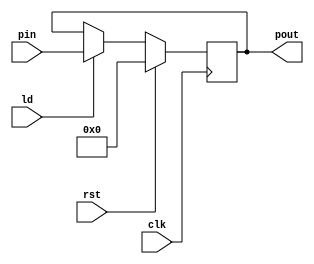
module register (clk,pin,ld,rst,pout);
    
    parameter N = 8;
    input clk;
    input ld;
    input rst;
    input [N-1:0]pin;
    output reg [N-1:0]pout;

    always @(posedge clk) begin
        if(rst) pout <= 0;
        else begin
            if (ld) pout <= pin;
            else pout <= pout;
        end
    end

endmodule

module memory (clk,address,write_data,read_data,memwrite,memread);

    input clk , memwrite , memread;
    input [4:0]address;
    input [7:0]write_data;
    output reg [7:0]read_data;

    reg [7:0]data[31:0];

    always @(posedge clk) begin
        if (memwrite) data[address] <= write_data;
        if (memread) read_data <= data[address];
    end

    initial $readmemb("memory.mem",data);
    
endmodule

module stack (clk,push,pop,tos,d_in,d_out);

    input [7:0]d_in;
    input clk,push,pop,tos;
    output reg [7:0]d_out;

    reg [4:0]top;
    reg [7:0]data[31:0];

    initial top = 0;

    always @(clk) begin
        if (tos) d_out = data[top-1];
        if (push) begin data[top] = d_in ; top = top + 1; end
        if (pop)  begin top = top - 1 ; d_out = data[top]; end
    end

    initial $readmemb("stack.mem",data);
    
endmodule